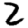
Digit: 2